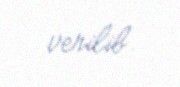
verilib.